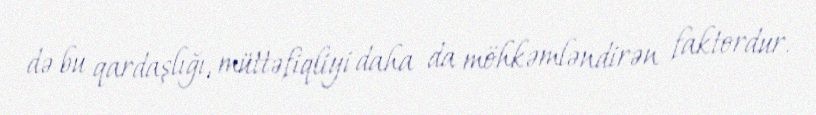
də bu qardaşlığı, müttəfiqliyi daha da möhkəmləndirən faktordur.